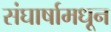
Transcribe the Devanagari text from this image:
संघार्षामधून